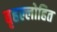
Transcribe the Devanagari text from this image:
बृहल्लोहित